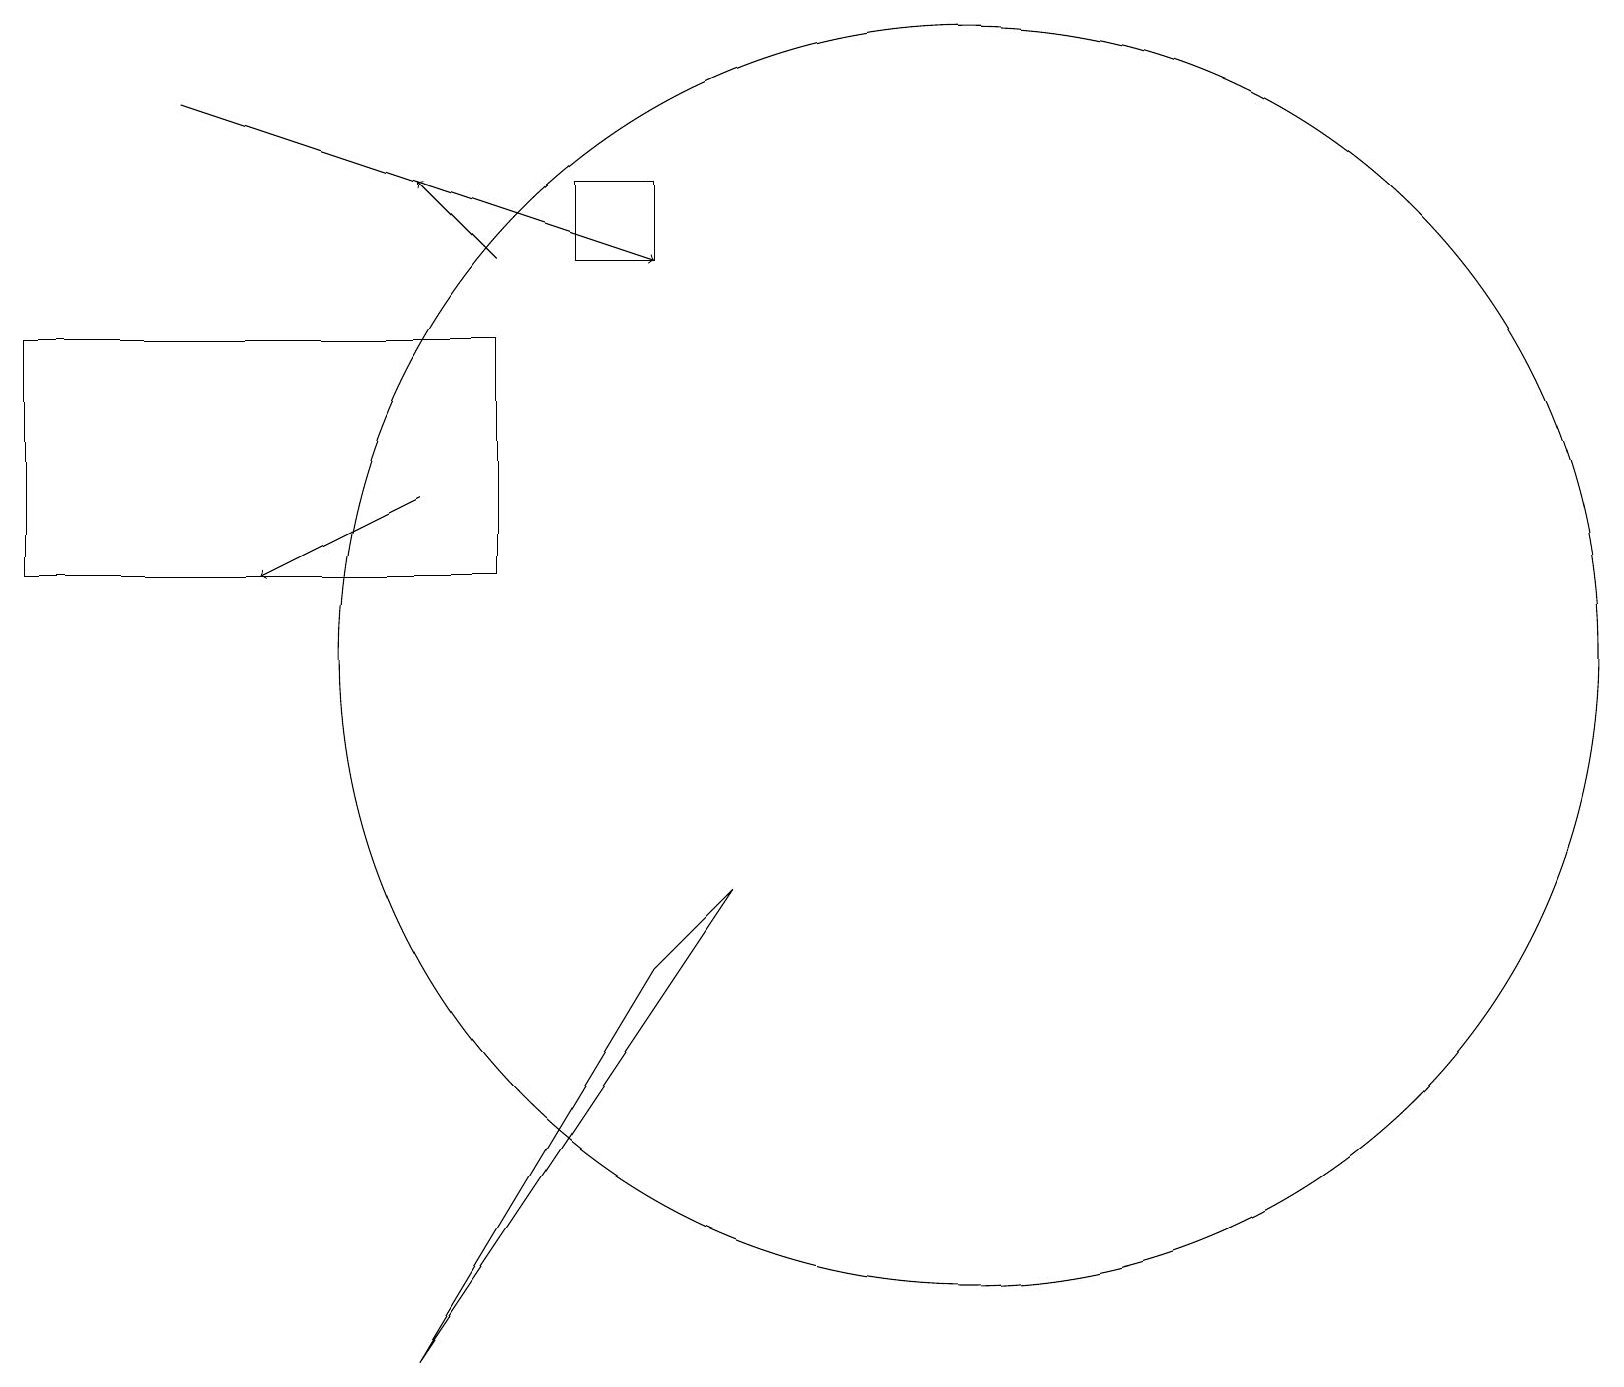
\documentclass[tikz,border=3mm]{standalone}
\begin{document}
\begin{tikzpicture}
\draw[->] (6,16) -- (5,17);
\draw (7,17) rectangle (8,16);
\draw (0,15) rectangle (6,12);
\draw (5,2) -- (8,7) -- (9,8) -- cycle;
\draw (12,11) circle (8);
\draw[->] (2,18) -- (8,16);
\draw[->] (5,13) -- (3,12);
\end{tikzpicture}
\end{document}